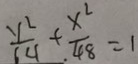
\frac { y ^ { 2 } } { 6 4 } + \frac { x ^ { 2 } } { 4 8 } = 1